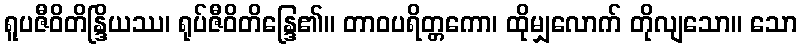
ရူပဇီဝိတိန္ဒြိယဿ၊ ရုပ်ဇီဝိတိန္ဒြေ၏။ တာဝပရိတ္တကော၊ ထိုမျှလောက် တိုလျသော။ သော